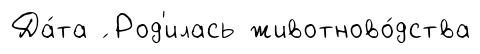
Да́та ́ Род'илась животново́дства